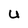
Character: U